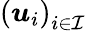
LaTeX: \left(\boldsymbol{\mathit{u}}_{i}\right)_{i\in\mathcal{{I}}}